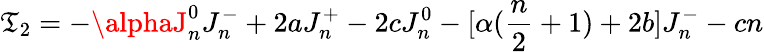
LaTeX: \mathfrak{T}_{2}=-\alphaJ_{n}^{0}J_{n}^{-}+2aJ_{n}^{+}-2cJ_{n}^{0}-[\alpha({\frac{{n}}{{2}}}+1)+2b]J_{n}^{-}-cn